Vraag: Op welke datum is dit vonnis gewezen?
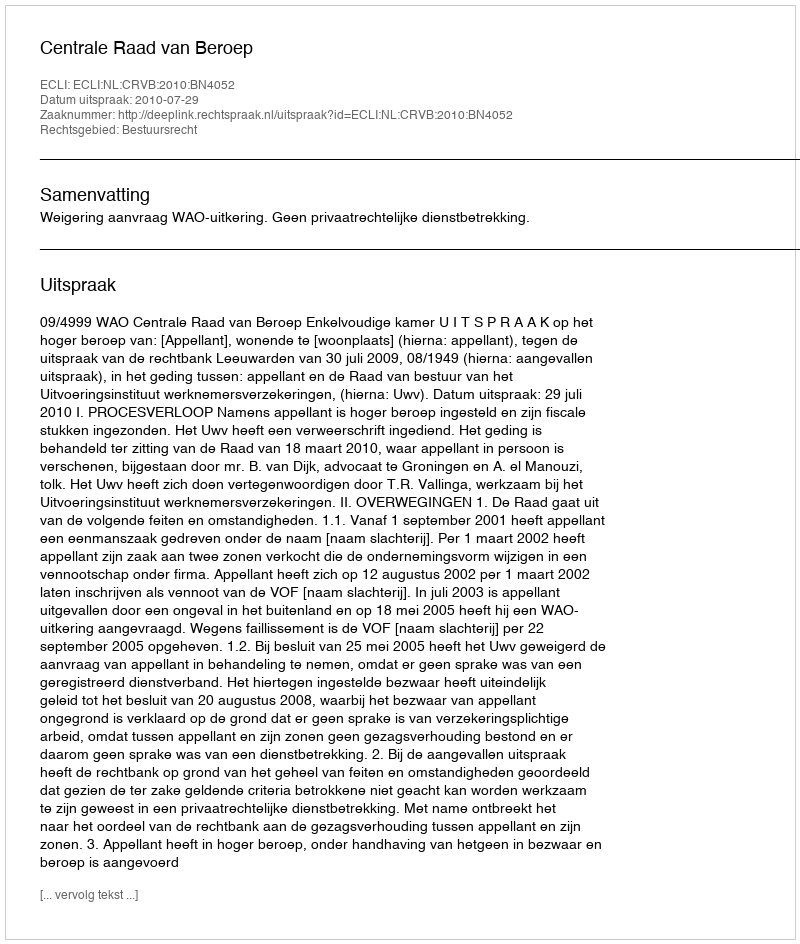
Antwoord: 2010-07-29